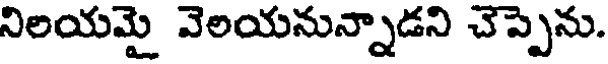
నిలయమై వెలయనున్నాడని చెప్పెను.